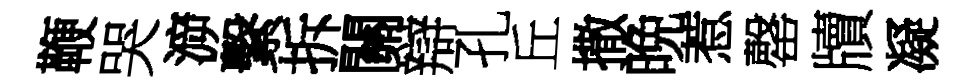
鞭哭㴑繫拆關辯孔丘撒晩惹罄牘凝